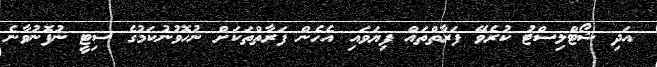
އަދި ޝޯޓްލިސްޓު ކުރެވޭ ފަރާތްތައް ފިޔަވައި އެހެން ފަރާތްތަކަށް ނުހޮވުނުކަމުގެ ސިޓީ ނުފޮނުވާނެ